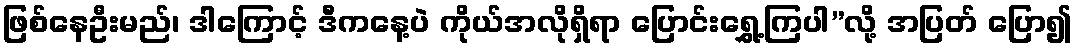
ဖြစ်နေဦးမည်၊ ဒါကြောင့် ဒီကနေ့ပဲ ကိုယ်အလိုရှိရာ ပြောင်းရွှေ့ကြပါ”လို့ အပြတ် ပြော၍